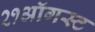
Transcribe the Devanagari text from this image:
२१ऑगस्ट